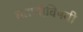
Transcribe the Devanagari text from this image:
घडणीविषयी